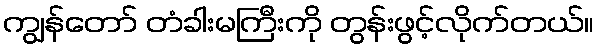
ကျွန်တော် တံခါးမကြီးကို တွန်းဖွင့်လိုက်တယ်။